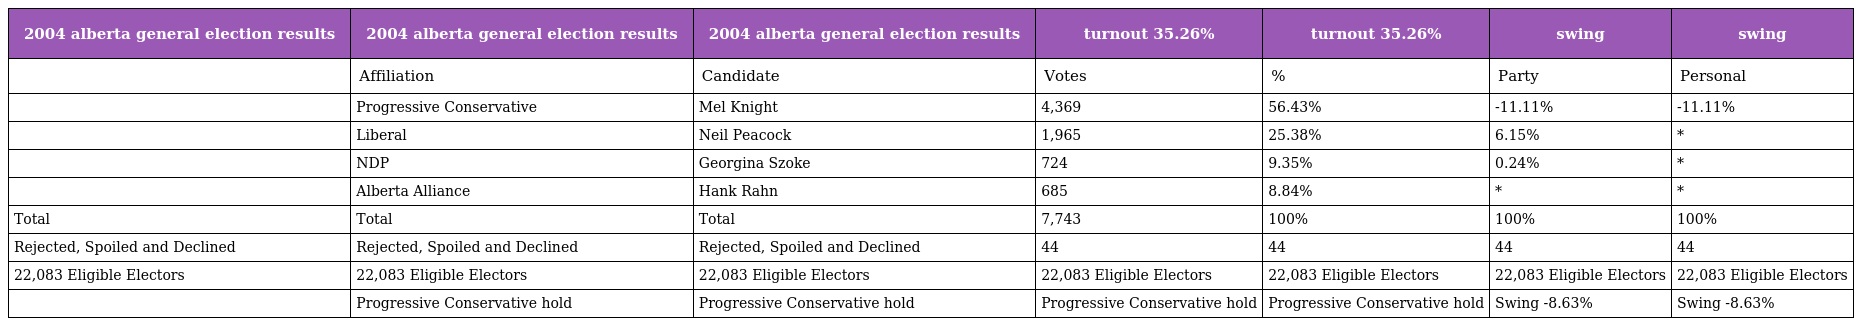
| 2004 alberta general election results | 2004 alberta general election results | 2004 alberta general election results | turnout 35.26% | turnout 35.26% | swing | swing |
 | --- | --- | --- | --- | --- | --- | --- |
 |  | Affiliation | Candidate | Votes | % | Party | Personal |
 |  | Progressive Conservative | Mel Knight | 4,369 | 56.43% | -11.11% | -11.11% |
 |  | Liberal | Neil Peacock | 1,965 | 25.38% | 6.15% | * |
 |  | NDP | Georgina Szoke | 724 | 9.35% | 0.24% | * |
 |  | Alberta Alliance | Hank Rahn | 685 | 8.84% | * | * |
 | Total | Total | Total | 7,743 | 100% | 100% | 100% |
 | Rejected, Spoiled and Declined | Rejected, Spoiled and Declined | Rejected, Spoiled and Declined | 44 | 44 | 44 | 44 |
 | 22,083 Eligible Electors | 22,083 Eligible Electors | 22,083 Eligible Electors | 22,083 Eligible Electors | 22,083 Eligible Electors | 22,083 Eligible Electors | 22,083 Eligible Electors |
 |  | Progressive Conservative hold | Progressive Conservative hold | Progressive Conservative hold | Progressive Conservative hold | Swing -8.63% | Swing -8.63% |